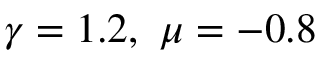
\gamma = 1 . 2 , \ \mu = - 0 . 8